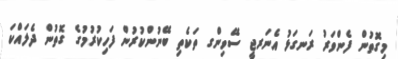
މިގޮތުން ފެންވަރު ރަނގަޅު އެނަރޖީ ސޭވިންގ ތަކެތި ބޭނުންކުރުން ފަހިކުރުމުގެ ގޮތުން ދެލައްކަ